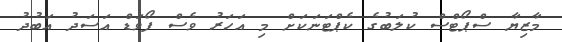
މާޒިޔާ ސްޕޯޓްސް ކުލަބުގެ ކެޕްޓަނަކަށް މި އަހަރު ވެސް ފޯވަޑް އަސަދު އަބުދު